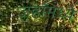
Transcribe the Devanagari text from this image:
जहाँमध्ये